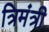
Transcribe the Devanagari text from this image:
त्रिमंत्री